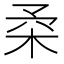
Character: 𣐱